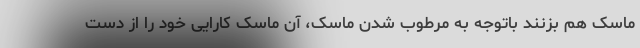
ماسک هم بزنند باتوجه به مرطوب شدن ماسک، آن ماسک کارایی خود را از دست